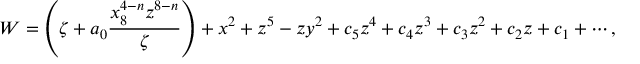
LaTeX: W = \left( \zeta + a _ { 0 } \frac { x _ { 8 } ^ { 4 - n } z ^ { 8 - n } } { \zeta } \right) + x ^ { 2 } + z ^ { 5 } - z y ^ { 2 } + c _ { 5 } z ^ { 4 } + c _ { 4 } z ^ { 3 } + c _ { 3 } z ^ { 2 } + c _ { 2 } z + c _ { 1 } + \cdots ,